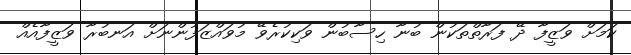
ކަމަށް ވަޒީފާ ދޭ ފަރާތްތަކުން ބުނާ ހިސާބުން ވަކިކުރެވޭ މުވައްޒަފުންނަށް އަނބުރާ ވަޒީފާއެއް